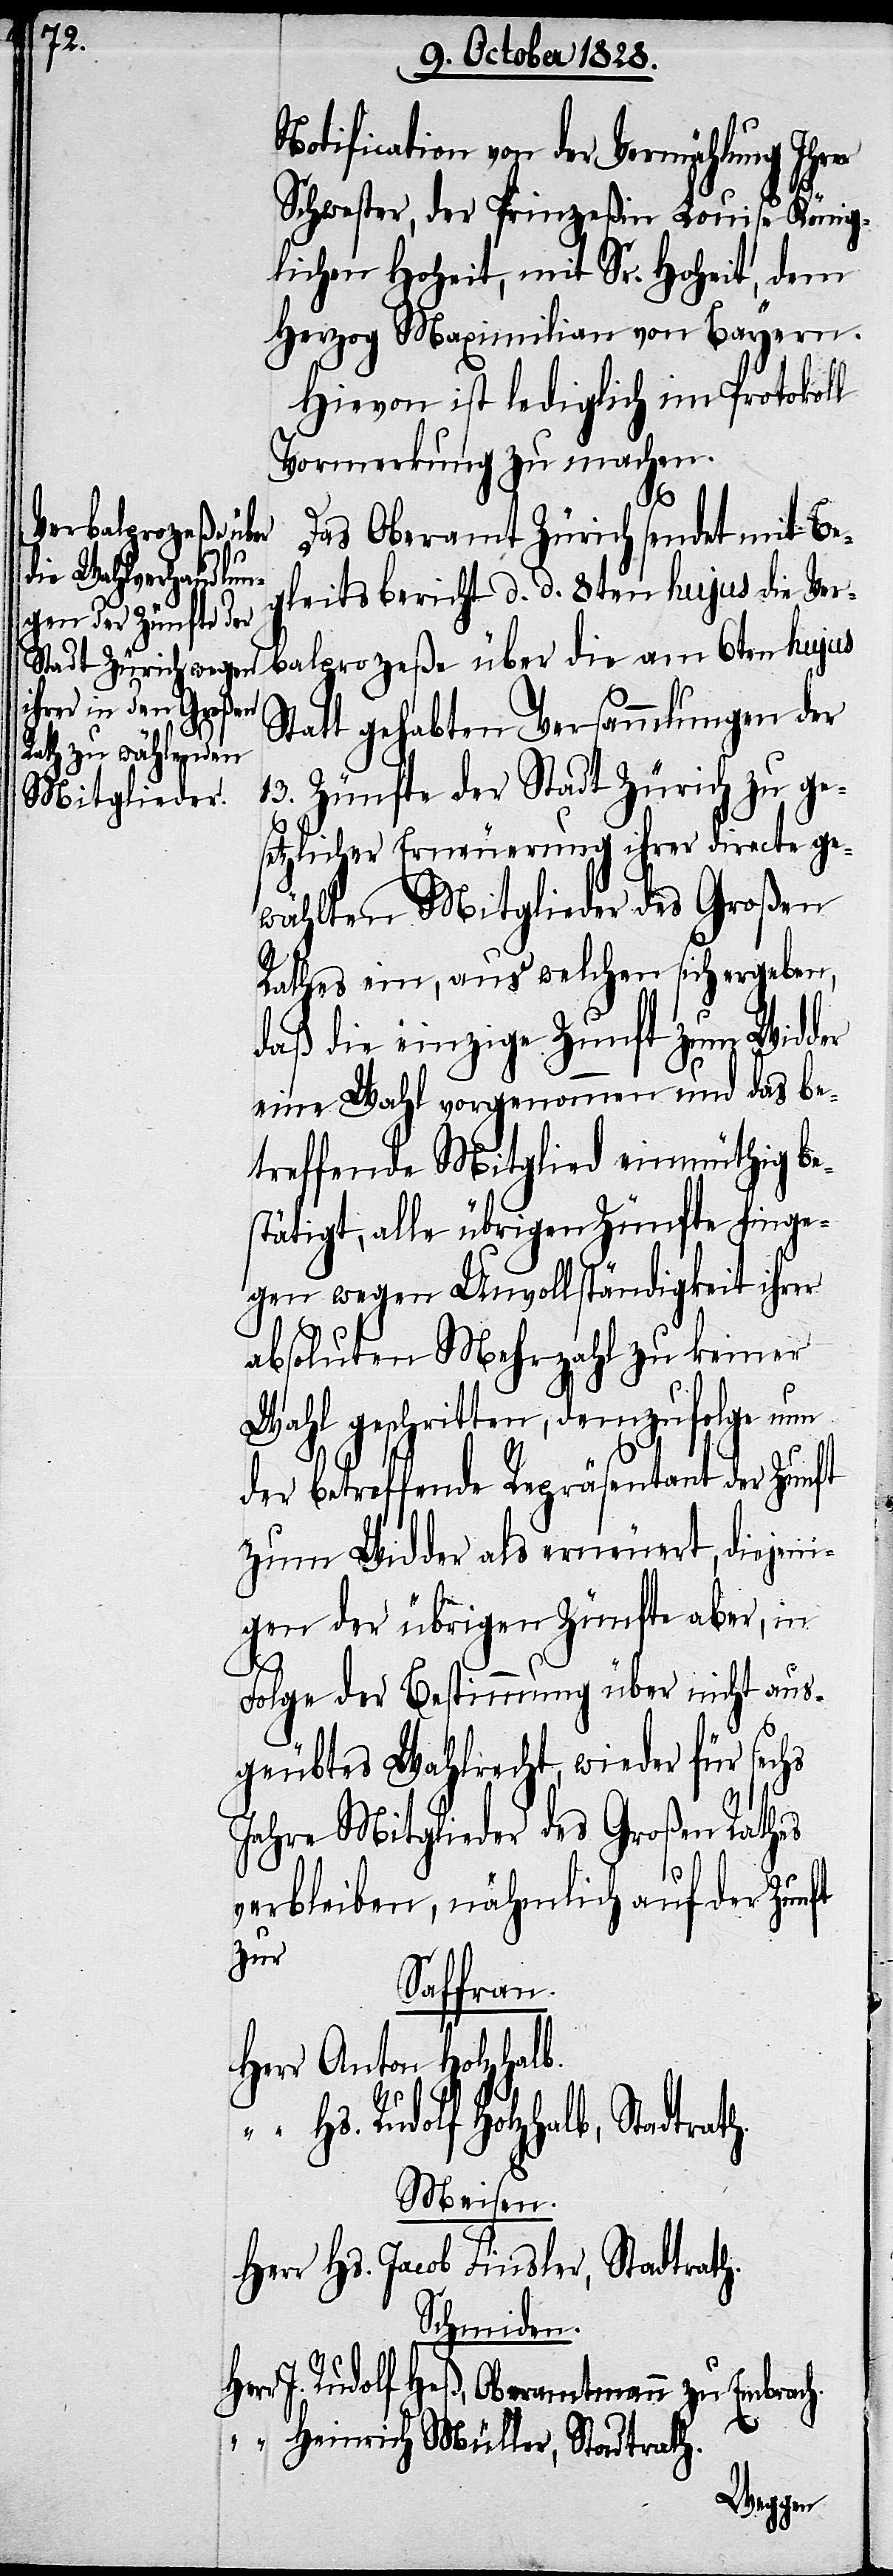
h.
Notification von der Vermählung Ihrer
Schwester, der Prinzeßin Louise König¬
lichen Hoheit, mit Sr. Hoheit, dem
Herzog Maximilian von Bayern.
Hievon ist lediglich im Protokoll
Vormerkung zu machen.
rbalprozeße über
Das Oberamt Zürich sendet mit Be¬
gleitsbericht d. d. 8ten hujus die Ve¬
Statt gehabten Versammlungen der
13. Zünfte der Stadt Zürich zu ge¬
setzlicher Erneuerung ihrer directe ge¬
wählten Mitglieder des Großen
Rathes ein, aus welchen sich ergeben,
daß die einzige Zunft zum Widder
eine Wahl vorgenommen und das be¬
treffende Mitglied einmüthig be¬
stätigt, alle übrigen Zünfte hinge¬
gen wegen Unvollständigkeit ihrer
absoluten Mehrzahl zu keiner
Wahl geschritten, demzufolge nun
der betreffende Repräsentant der Zunft
zum Widder als erneuert, diejeni¬
gen der übrigen Zünfte aber, in
die
Folge der Bestimmung über nicht aus¬
geübtes Wahlrecht, wieder für sechs
Jahre Mitglieder des Großen Raths
verbleiben, nähmlich auf der Zunft
zur
Saffran.
Anton Holzhalb.
Hs. Rudolf Holzhalb, Stadtrath.
Meisen.
Hs. Jacob Finsler, Stadtrath.
Schmiden.
J. Rudolf Heß, Oberamtmann zu Embrac¬
Heinrich Müller, Stadtrath.